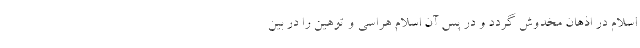
اسلام در اذهان مخدوش گردد و در پس آن اسلام هراسی و توهین را در بین